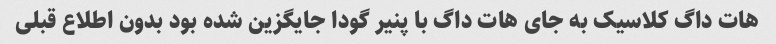
هات داگ کلاسیک به جای هات داگ با پنیر گودا جایگزین شده بود بدون اطلاع قبلی